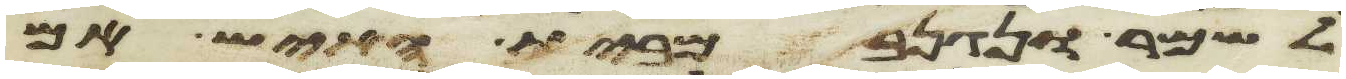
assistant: לשמר ונגנב מבית האיש אם